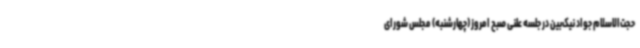
حجت‌الاسلام جواد نیک‌بین در جلسه علنی صبح امروز (چهارشنبه) مجلس شورای